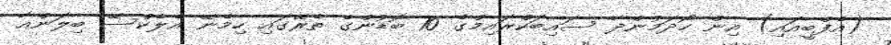
(އެފްބީއައި) އިން ހޯދަމުންދާ ސައިބަކްރައިމްގެ 10 ބޮޑުންގެ ތެރޭގައި ހިމެނޭ އެލެކްސޭ ބިލަންއާ